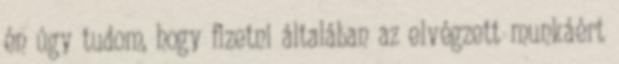
én úgy tudom, hogy fizetni általában az elvégzett munkáért